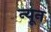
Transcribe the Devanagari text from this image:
न्‍यून